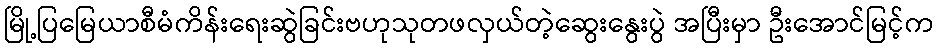
မြို့ပြမြေယာစီမံကိန်းရေးဆွဲခြင်းဗဟုသုတဖလှယ်တဲ့ဆွေးနွေးပွဲ အပြီးမှာ ဦးအောင်မြင့်က